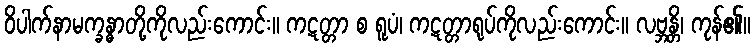
ဝိပါက်နာမက္ခန္ဓာတို့ကိုလည်းကောင်း။ ကဋတ္တာ စ ရူပံ၊ ကဋတ္တာရုပ်ကိုလည်းကောင်း။ လဗ္ဘန္တိ၊ ကုန်၏။